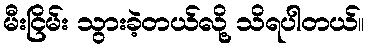
မီးငြိမ်း သွားခဲ့တယ်လို့ သိရပါတယ်။